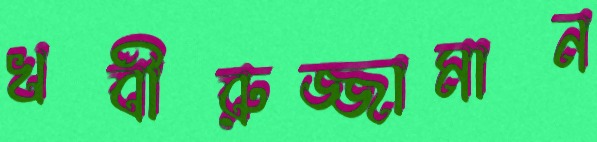
খবীরুজ্জামান